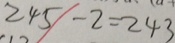
2 4 5 - 2 = 2 4 3